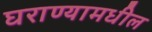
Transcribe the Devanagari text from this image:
घराण्यामधील